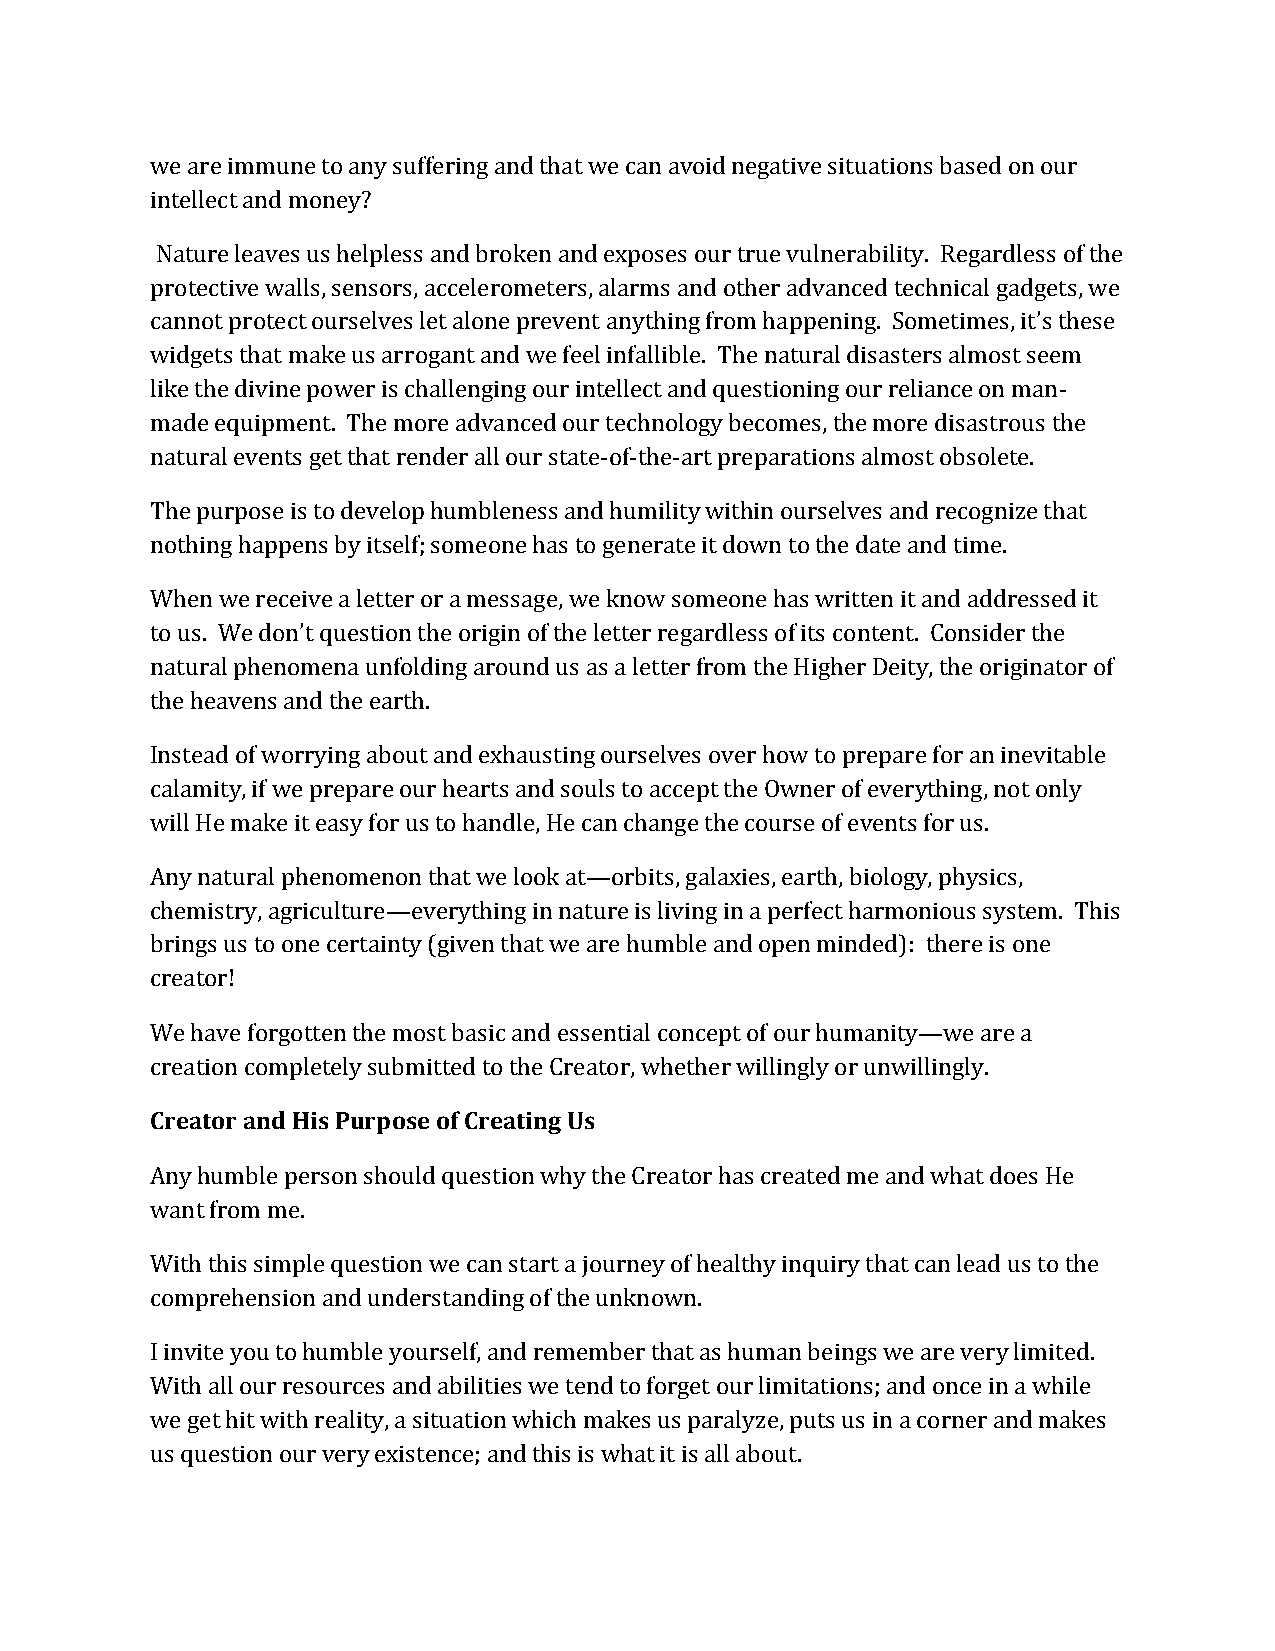
we are immune to any suffering and that we can avoid negative situations based on our
 intellect and money?
 Nature leaves us helpless and broken and exposes our true vulnerability. Regardless of the
 protective walls, sensors, accelerometers, alarms and other advanced technical gadgets, we
 cannot protect ourselves let alone prevent anything from happening. Sometimes, it’s these
 widgets that make us arrogant and we feel infallible. The natural disasters almost seem
 like the divine power is challenging our intellect and questioning our reliance on man-
 made equipment. The more advanced our technology becomes, the more disastrous the
 natural events get that render all our state-of-the-art preparations almost obsolete.
 The purpose is to develop humbleness and humility within ourselves and recognize that
 nothing happens by itself; someone has to generate it down to the date and time.
 When we receive a letter or a message, we know someone has written it and addressed it
 to us. We don’t question the origin of the letter regardless of its content. Consider the
 natural phenomena unfolding around us as a letter from the Higher Deity, the originator of
 the heavens and the earth.
 Instead of worrying about and exhausting ourselves over how to prepare for an inevitable
 calamity, if we prepare our hearts and souls to accept the Owner of everything, not only
 will He make it easy for us to handle, He can change the course of events for us.
 Any natural phenomenon that we look at—orbits, galaxies, earth, biology, physics,
 chemistry, agriculture—everything in nature is living in a perfect harmonious system. This
 brings us to one certainty (given that we are humble and open minded): there is one
 creator!
 We have forgotten the most basic and essential concept of our humanity—we are a
 creation completely submitted to the Creator, whether willingly or unwillingly.
 Creator and His Purpose of Creating Us
 Any humble person should question why the Creator has created me and what does He
 want from me.
 With this simple question we can start a journey of healthy inquiry that can lead us to the
 comprehension and understanding of the unknown.
 I invite you to humble yourself, and remember that as human beings we are very limited.
 With all our resources and abilities we tend to forget our limitations; and once in a while
 we get hit with reality, a situation which makes us paralyze, puts us in a corner and makes
 us question our very existence; and this is what it is all about.